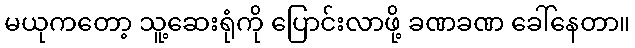
မယုကတော့ သူ့ဆေးရုံကို ပြောင်းလာဖို့ ခဏခဏ ခေါ်နေတာ။